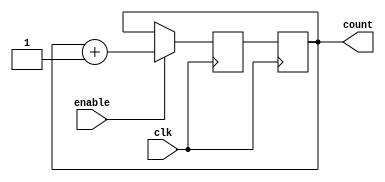
module binary_up_counter_with_enable(
  input clk,
  input enable,
  output reg [3:0] count
);

reg [3:0] next_count;

always @(posedge clk) begin
  if(enable) begin
    next_count <= count + 1;
  end else begin
    next_count <= count;
  end
end

always @(posedge clk) begin
  count <= next_count;
end

endmodule